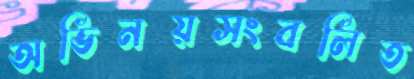
অভিনয়সংবলিত